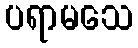
ပရာမသေ